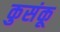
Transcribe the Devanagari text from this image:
कुसंकू